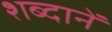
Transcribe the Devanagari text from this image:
शब्दानें